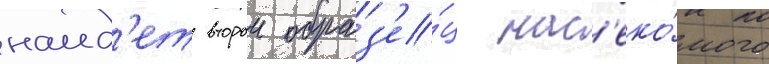
наид'ет второи образ'е́ц нас'еко́мого